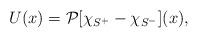
LaTeX: \begin{align*}U(x)= \mathcal{P}[\chi_{S^+}-\chi_{S^-}](x),\end{align*}